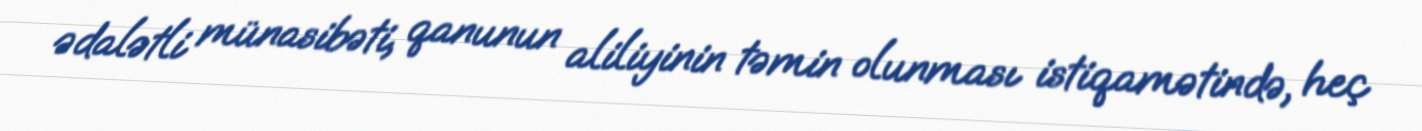
ədalətli münasibəti, qanunun aliliyinin təmin olunması istiqamətində, heç